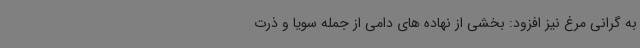
به گرانی مرغ نیز افزود: بخشی از نهاده های دامی از جمله سویا و ذرت